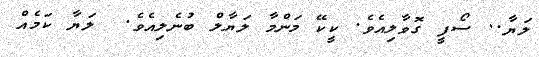
ލަޔާ.. ސޯފީ ގޮވާލިއެވެ. ކީކޭ މަންމާ ލަޔާލް ބުނެލިއެވެ.  ލަޔާ ކަމެއް